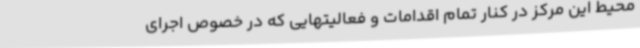
محیط این مرکز در کنار تمام اقدامات و فعالیتهایی که در خصوص اجرای